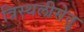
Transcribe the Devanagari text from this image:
त्रिस्थलीसेतु